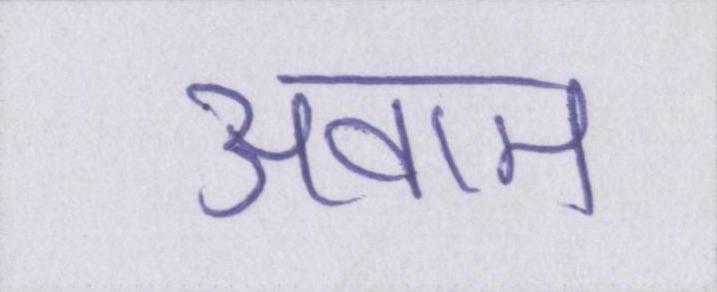
अवाम